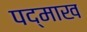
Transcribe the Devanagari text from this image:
पद्माख